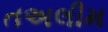
તઅલીમ